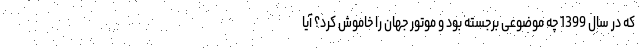
که در سال 1399 چه موضوعی برجسته بود و موتور جهان را خاموش کرد؟ آیا